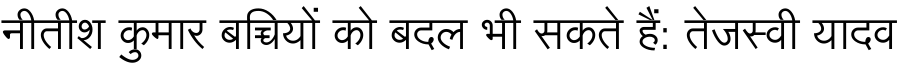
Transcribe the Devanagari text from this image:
नीतीश कुमार बच्चियों को बदल भी सकते हैं: तेजस्वी यादव